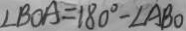
\angle B O A = 1 8 0 ^ { \circ } - \angle A B O